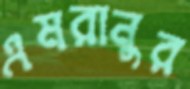
এমরানুর